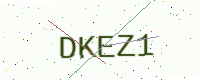
Text: DKEZ1